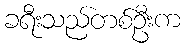
ခရီးသည်တစ်ဦးက